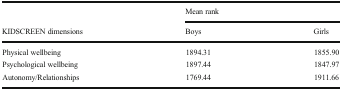
<table><thead><tr><td></td><td colspan="2"><b>Mean rank</b></td></tr><tr><td><b>KIDSCREEN dimensions</b></td><td><b>Boys</b></td><td><b>Girls</b></td></tr></thead><tbody><tr><td>Physical wellbeing</td><td>1894.31</td><td>1855.90</td></tr><tr><td>Psychological wellbeing</td><td>1897.44</td><td>1847.97</td></tr><tr><td>Autonomy/Relationships</td><td>1769.44</td><td>1911.66</td></tr></tbody></table>